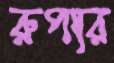
রুপার